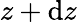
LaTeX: z+\mathrm{d}z